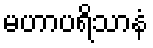
မဟာပရိသာနံ